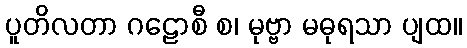
ပူတိလတာ ဂဠောစီ စ၊ မုဗ္ဗာ မဓုရသာ ပျထ။